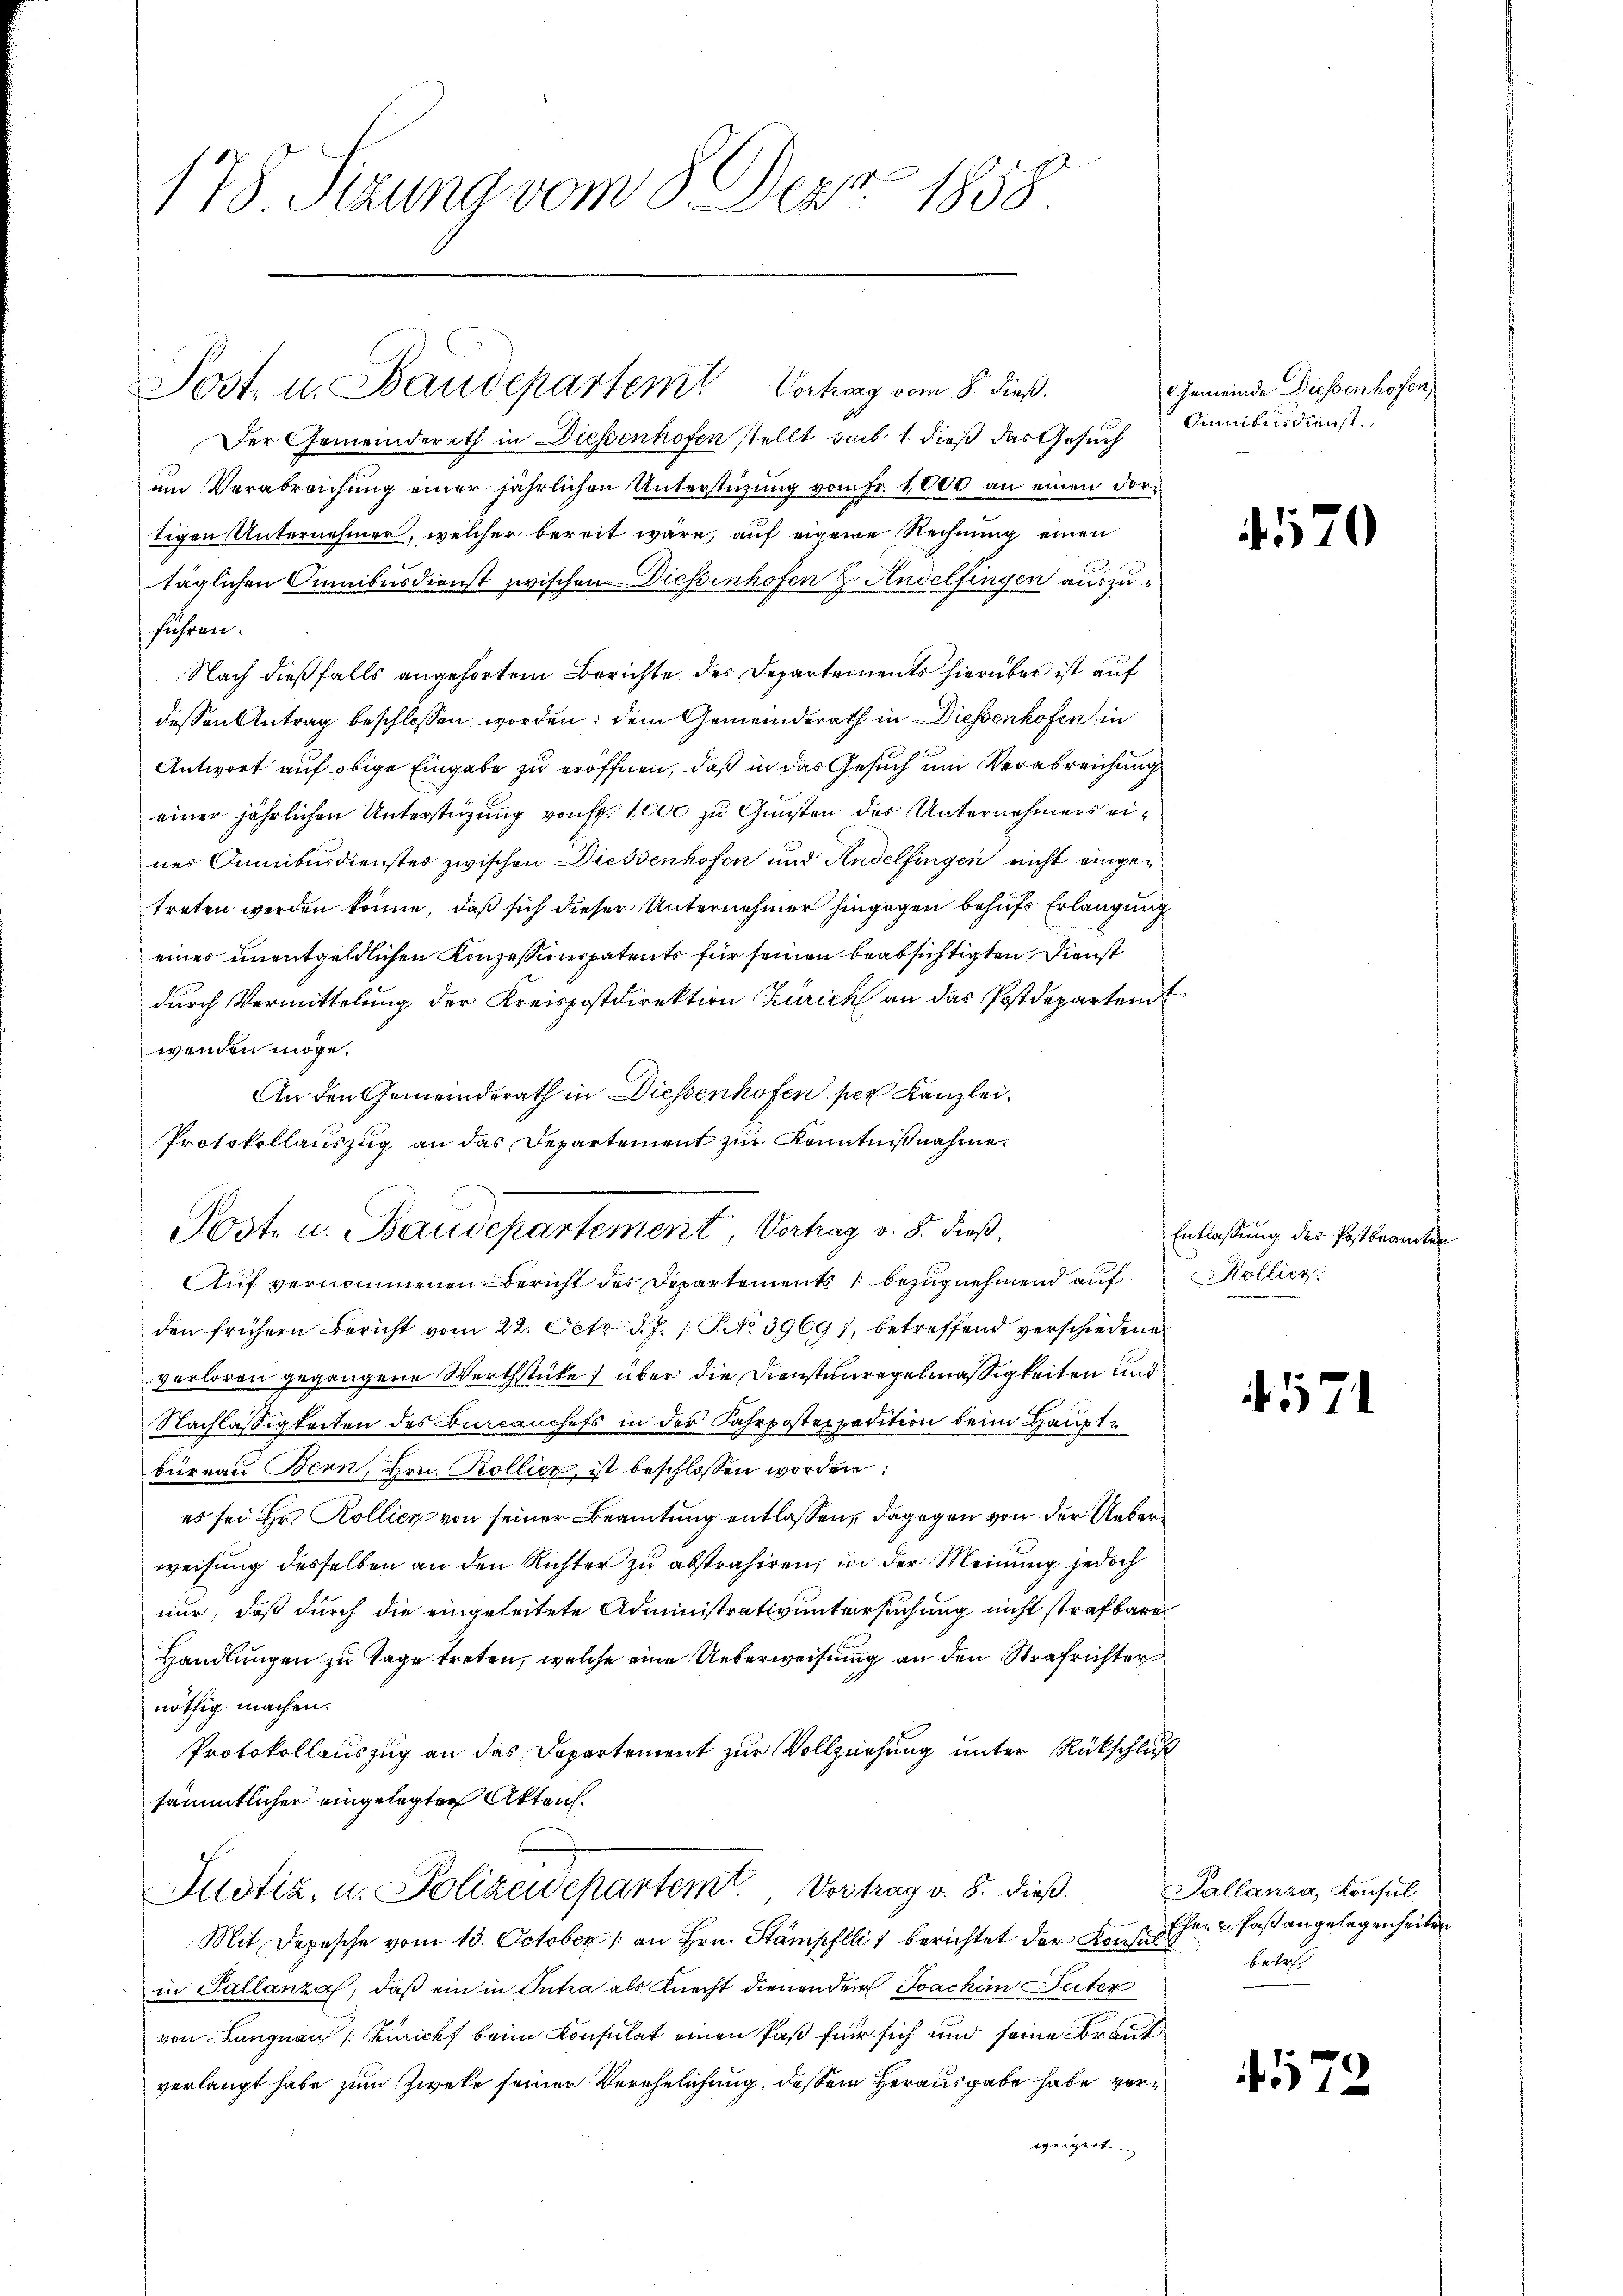
178 Sizung vom 8. Depr. 1858.

Der Gemeinderath in Diessenhofen stellt sub 1. dieß das Gesuch
um Verabreichung einer jährlichen Unterstüzung vom Fr. 1000 an einen dortigen Unternehmer, welcher bereit wäre, auf eigene Rechnung einen
täglichen Cumibusdienst zwischen Diessenhofen H. Andelfingen auszuführen.
Nach dießfalls angehörtem Berichte der Departements hierüber ist auf
dessen Antrag beschlossen worden: dem Gemeinderath in Diessenhofen in
Antwort auf obige Eingabe zu eröffnen, daß in das Gesuch um Verabreichung
einer jährlichen Unterstüzung von Fr. 1000 zu Gunsten des Unternehmers eines Omnibusdienstes zwischen Diessenhofen und Andelfingen nicht eingetreten werden könne, daß sich dieser Unternehmer hingegen behufs Erlangung
eines unentgeldlichen Konzessionspatente für seinen beabsichtigten Dienst
durch Vermittelung der Kreispostdirektion Zürich an das Postdepartent
wenden möge.
An den Gemeinderath in Diessenhofen per Kanzlei,
Protokollauszug an das Departement zur Kenntnißnahme.
AAuf vernommenen Bericht des Departements bezug nehmend auf Kollier
den frühern Bericht vom 22. Oct. d. J. 1. P. No 39691, betreffend verschiedene
verloren gegangene Wertstücke) über die Dienstenregelmäßigkeiten und
Nachlässigkeiten des Burcanchefs in der Fahrposterpadition beim Hauptbüreau Bern, Hrn. Kollier, ist beschlossen worden:
es sei Hr. Kolliez von seiner Beamtung entlassen, dagegen von der Ueberweisung desselben an den Richter zu abstrahiren, in der Meinung jedoch
nur, daß durch die eingeleitete Administrativuntersuchung nicht strafbare
Handlungen zu Tage treten, welche eine Ueberweisung an den Strafrichter
nöthig machen.
Protokollauszug an das Departement zur Vollziehung unter Rückschluß
sämmtlicher eingelegten Akten.
Justiz, u. Polizeidepartemt, Vortrag v. 8. dieß.
Mit Depesche vom 13. October 1 an Hrn. Stämpfllit berichtet der Konses Ehren Paß angelegenheiten
in Pallanza, daß ein in Antra als Knecht dienen der Joachim Suter
von Langnau (Züricht beim Konsulat einen Paß für sich und seine Braut
verlangt habe zum Zwete seiner Verehelichung, deßen Herausgabe habe verweigert.

Post. u. Baudepartem Vortrag vom 8. dieß.

Post- u. Baudepartement Vortrag v. 8. dieß,

Gemeinde Diessenhofen,
Omnibusdienst

470

Entlassung des Postbeamten

4571

Pallanza, Konsul,
Betsch

72